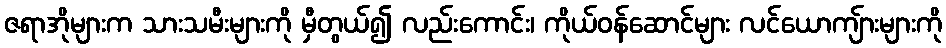
ဇရာအိုများက သားသမီးများကို မှီတွယ်၍ လည်းကောင်း၊ ကိုယ်ဝန်ဆောင်များ လင်ယောကျ်ားများကို